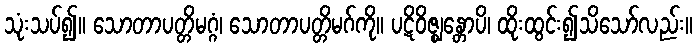
သုံးသပ်၍။ သောတာပတ္တိမဂ္ဂံ၊ သောတာပတ္တိမဂ်ကို။ ပဋိဝိဇ္ဈန္တောပိ၊ ထိုးထွင်း၍သိသော်လည်း။